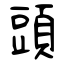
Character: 頭